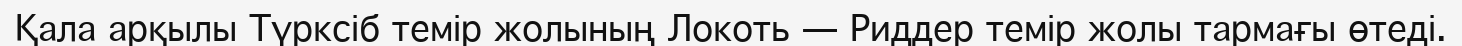
Қала арқылы Түрксіб темір жолының Локоть — Риддер темір жолы тармағы өтеді.